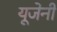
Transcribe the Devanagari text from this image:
यूजेनी